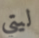
ليتي